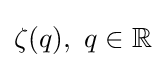
\zeta (q),\ q\in {\mathbb {R} }